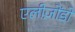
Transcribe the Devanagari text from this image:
एलीज़ोंडो